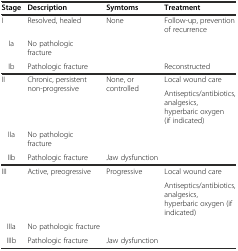
<table><thead><tr><td><b>Stage</b></td><td><b>Description</b></td><td><b>Symtoms</b></td><td><b>Treatment</b></td></tr></thead><tbody><tr><td>I</td><td>Resolved, healed</td><td>None</td><td>Follow-up, prevention of recurrence</td></tr><tr><td>Ia</td><td>No pathologic fracture</td><td></td><td></td></tr><tr><td>Ib</td><td>Pathologic fracture</td><td></td><td>Reconstructed</td></tr><tr><td rowspan="2">II</td><td rowspan="2">Chronic, persistent non-progressive</td><td rowspan="2">None, or controlled</td><td>Local wound care</td></tr><tr><td>Antiseptics/antibiotics, analgesics, hyperbaric oxygen (if indicated)</td></tr><tr><td>IIa</td><td>No pathologic fracture</td><td></td><td></td></tr><tr><td>IIb</td><td>Pathologic fracture</td><td>Jaw dysfunction</td><td></td></tr><tr><td rowspan="2">III</td><td rowspan="2">Active, preogressive</td><td rowspan="2">Progressive</td><td>Local wound care</td></tr><tr><td>Antiseptics/antibiotics, analgesics, hyperbaric oxygen (if indicated)</td></tr><tr><td>IIIa</td><td>No pathologic fracture</td><td></td><td></td></tr><tr><td>IIIb</td><td>Pathologic fracture</td><td>Jaw dysfunction</td><td></td></tr></tbody></table>